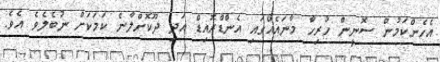
އެހެންކަމުން ސޮނީން ހުރިހާ މާނައެއްގައި އެންޑްރޮއިޑް އަދި ދޫކޮށްލާނެ ކަމަކަށް ނުބެލެވެ އެވެ.